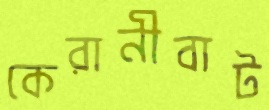
কেরানীবাট